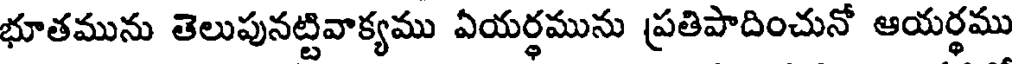
భూతమును తెలుపునట్టివాక్యము ఏయర్థమును ప్రతిపాదించునో ఆయర్థము